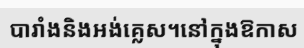
បារាំងនិងអង់គ្លេស។នៅក្នុងឱកាស